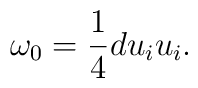
\omega _0=\frac 14du_iu_i.